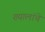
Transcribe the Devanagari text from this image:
ख्यालांचे